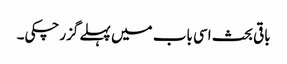
باقی بحث اسی باب میں پہلے گزرچکی۔